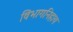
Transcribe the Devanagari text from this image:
विभागनिहाय